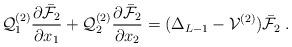
LaTeX: \begin{align*}\mathcal{Q}^{(2)}_1 \frac{\partial \bar{\mathcal{F}}_2 }{\partial x_1} + \mathcal{Q}^{(2)}_2 \frac{\partial \bar{\mathcal{F}}_2 }{\partial x_2} = (\Delta_{L-1} - \mathcal{V}^{(2)}) \bar{\mathcal{F}}_2 \; .\end{align*}